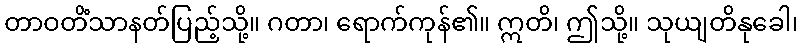
တာဝတိံသာနတ်ပြည့်သို့။ ဂတာ၊ ရောက်ကုန်၏။ ဣတိ၊ ဤသို့။ သုယျတိနုခေါ၊